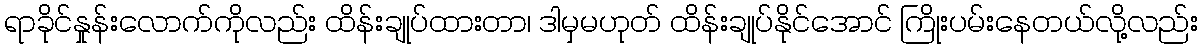
ရာခိုင်နှုန်းလောက်ကိုလည်း ထိန်းချုပ်ထားတာ၊ ဒါမှမဟုတ် ထိန်းချုပ်နိုင်အောင် ကြိုးပမ်းနေတယ်လို့လည်း